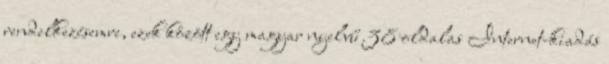
rendelkezésemre, ezek között egy magyar nyelvű 38 oldalas Internet-kiadás